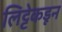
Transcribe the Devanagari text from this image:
लिट्टेकडून